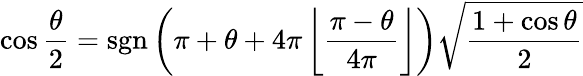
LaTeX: \cos{\frac{\theta}{2}}=\operatorname{sgn}\left(\pi+\theta+4\pi\left\lfloor{\frac{\pi-\theta}{4\pi}}\right\rfloor\right){\sqrt{\frac{1+\cos\theta}{2}}}